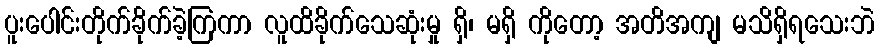
ပူးပေါင်းတိုက်ခိုက်ခဲ့ကြကာ လူထိခိုက်သေဆုံးမှု ရှိ၊ မရှိ ကိုတော့ အတိအကျ မသိရှိရသေးဘဲ